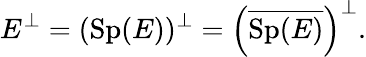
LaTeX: E^{\perp}=(\operatorname{Sp}(E))^{\perp}=\left({\overline{{\operatorname{Sp}(E)}}}\right)^{\perp}.